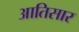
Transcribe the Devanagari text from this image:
आतिसार